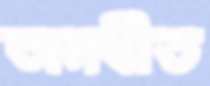
অনধীত